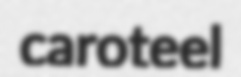
caroteel